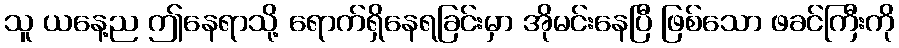
သူ ယနေ့ည ဤနေရာသို့ ရောက်ရှိနေရခြင်းမှာ အိုမင်းနေပြီ ဖြစ်သော ဖခင်ကြီးကို